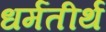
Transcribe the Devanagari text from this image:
धर्मतीर्थ